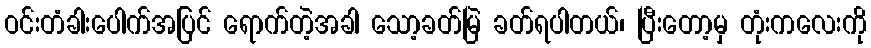
ဝင်းတံခါးပေါက်အပြင် ရောက်တဲ့အခါ သော့ခတ်မြဲ ခတ်ရပါတယ်၊ ပြီးတော့မှ တုံးကလေးကို